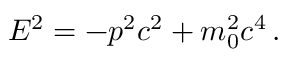
E ^ { 2 } = - p ^ { 2 } c ^ { 2 } + m _ { 0 } ^ { 2 } c ^ { 4 } \, .